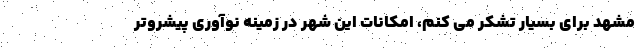
مشهد برای بسیار تشکر می کنم، امکانات این شهر در زمینه نوآوری پیشروتر